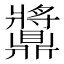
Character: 䵼